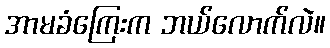
အာမခံကြေးက ဘယ်လောက်လဲ။